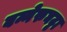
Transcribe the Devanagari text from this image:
बन्नेरुघट्टा